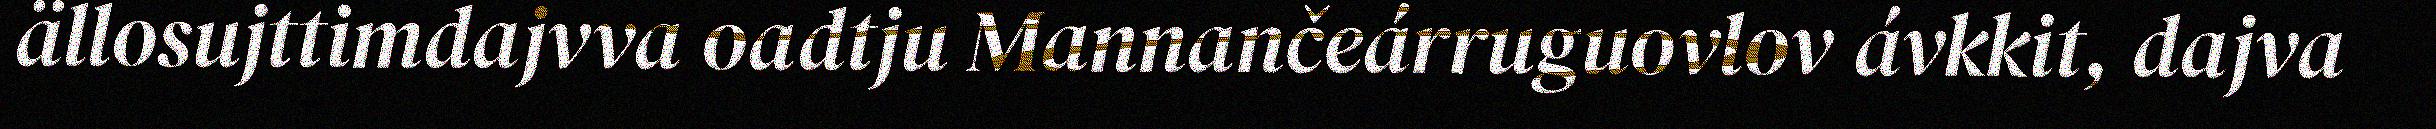
ällosujttimdajvva oadtju Mannančeárruguovlov ávkkit, dajva